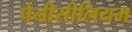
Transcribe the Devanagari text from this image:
पेनीसीलियम